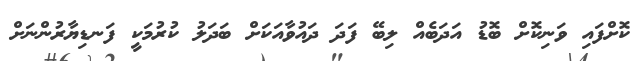
ކޮށްފައި ވަނިކޮށް ބޮޑު އަދަބެއް ލިބޭ ފަދަ ދައުވާއަކަށް ބަދަލު ކުރުމަކީ ފަނޑިޔާރުންނަށް